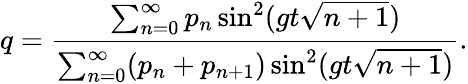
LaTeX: q=\frac{\sum_{n=0}^{\infty}p_{n}\sin^{2}(gt\sqrt{n+1})}{\sum_{n=0}^{\infty}(p_{n}+p_{n+1})\sin^{2}(gt\sqrt{n+1})}.